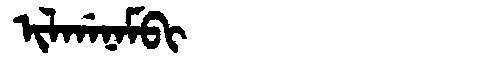
Manchu: ᡳᠯᡤᠠᠨᠠᠮᠪᡳ
Romanization: ILGANAMBI